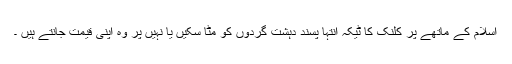
اسلام کے ماتھے پر کلنک کا ٹیکہ انتہا پسند دہشت گردوں کو مٹا سکیں یا نہیں پر وہ اپنی قیمت جانتے ہیں ۔